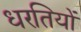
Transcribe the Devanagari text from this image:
धरतियों